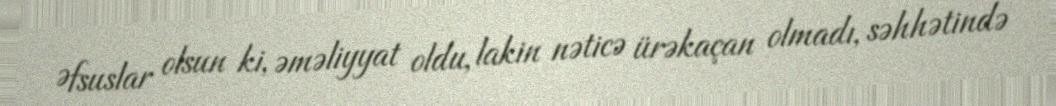
Əfsuslar olsun ki, əməliyyat oldu, lakin nəticə ürəkaçan olmadı, səhhətində